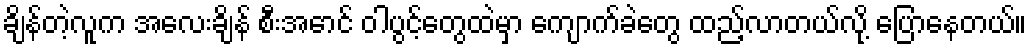
ချိန်တဲ့လူက အလေးချိန် စီးအောင် ဝါပွင့်တွေထဲမှာ ကျောက်ခဲတွေ ထည့်လာတယ်လို့ ပြောနေတယ်။